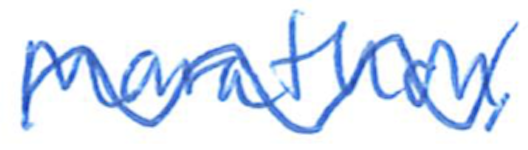
Text: Marathon,
Cross-out: wave
Writing tool: ballpoint